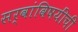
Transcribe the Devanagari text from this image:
सर्वांविषयींची